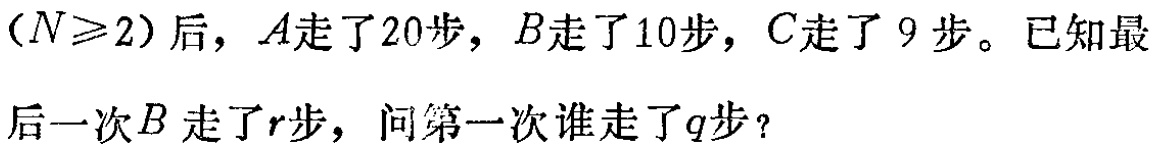
$(N\geqslant 2)$后，$A$走了20步，$B$走了10步，$C$走了9步。已知最后一次$B$走了$r$步，问第一次谁走了$q$步？